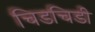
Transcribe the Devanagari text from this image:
चिडचिडी